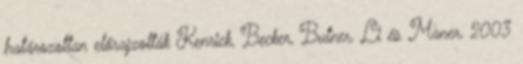
határozottan előrajzolták Kenrick, Becker, Butner, Li és Maner, 2003